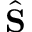
\hat { \bf S }